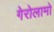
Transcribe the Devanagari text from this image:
गेरोलामो